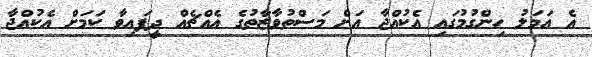
އެ ޢަމަލު ހިންގުމުގައި އެކުއްޖާ އަށް މަސްތުވާޒާތުގެ އެއްޗެއް ދީފައިވާ ކަމަށް އެކުއްޖާ